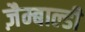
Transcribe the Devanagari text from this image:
ज़ैम्बाल्डी